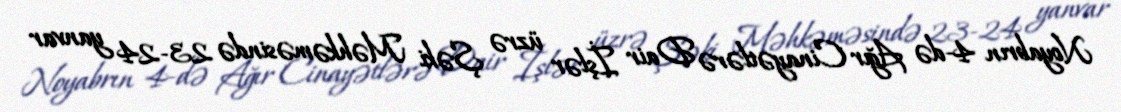
Noyabrın 4-də Ağır Cinayətlərə Dair İşlər üzrə Şəki Məhkəməsində 23-24 yanvar